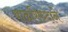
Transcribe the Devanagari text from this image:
बाळसिध्दाने